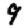
Digit: 9